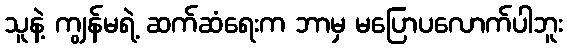
သူနဲ့ ကျွန်မရဲ့ ဆက်ဆံရေးက ဘာမှ မပြောပလောက်ပါဘူး